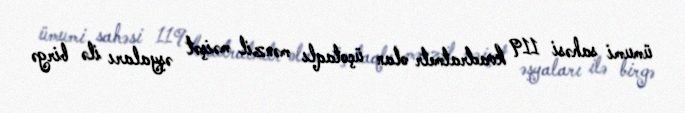
ümumi sahəsi 119 kvadratmetr olan üçotaqlı mənzil məişət əşyaları ilə birgə